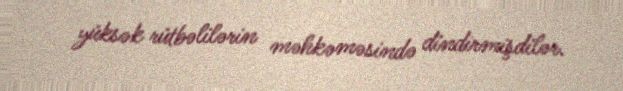
yüksək rütbəlilərin məhkəməsində dindirmişdilər.